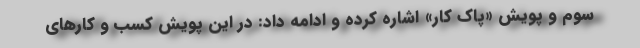
سوم و پویش «پاک کار» اشاره کرده و ادامه داد: در این پویش کسب و کارهای